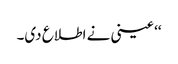
‘‘ عینی نے اطلاع دی۔